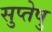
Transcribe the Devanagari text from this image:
सुप्तेषु